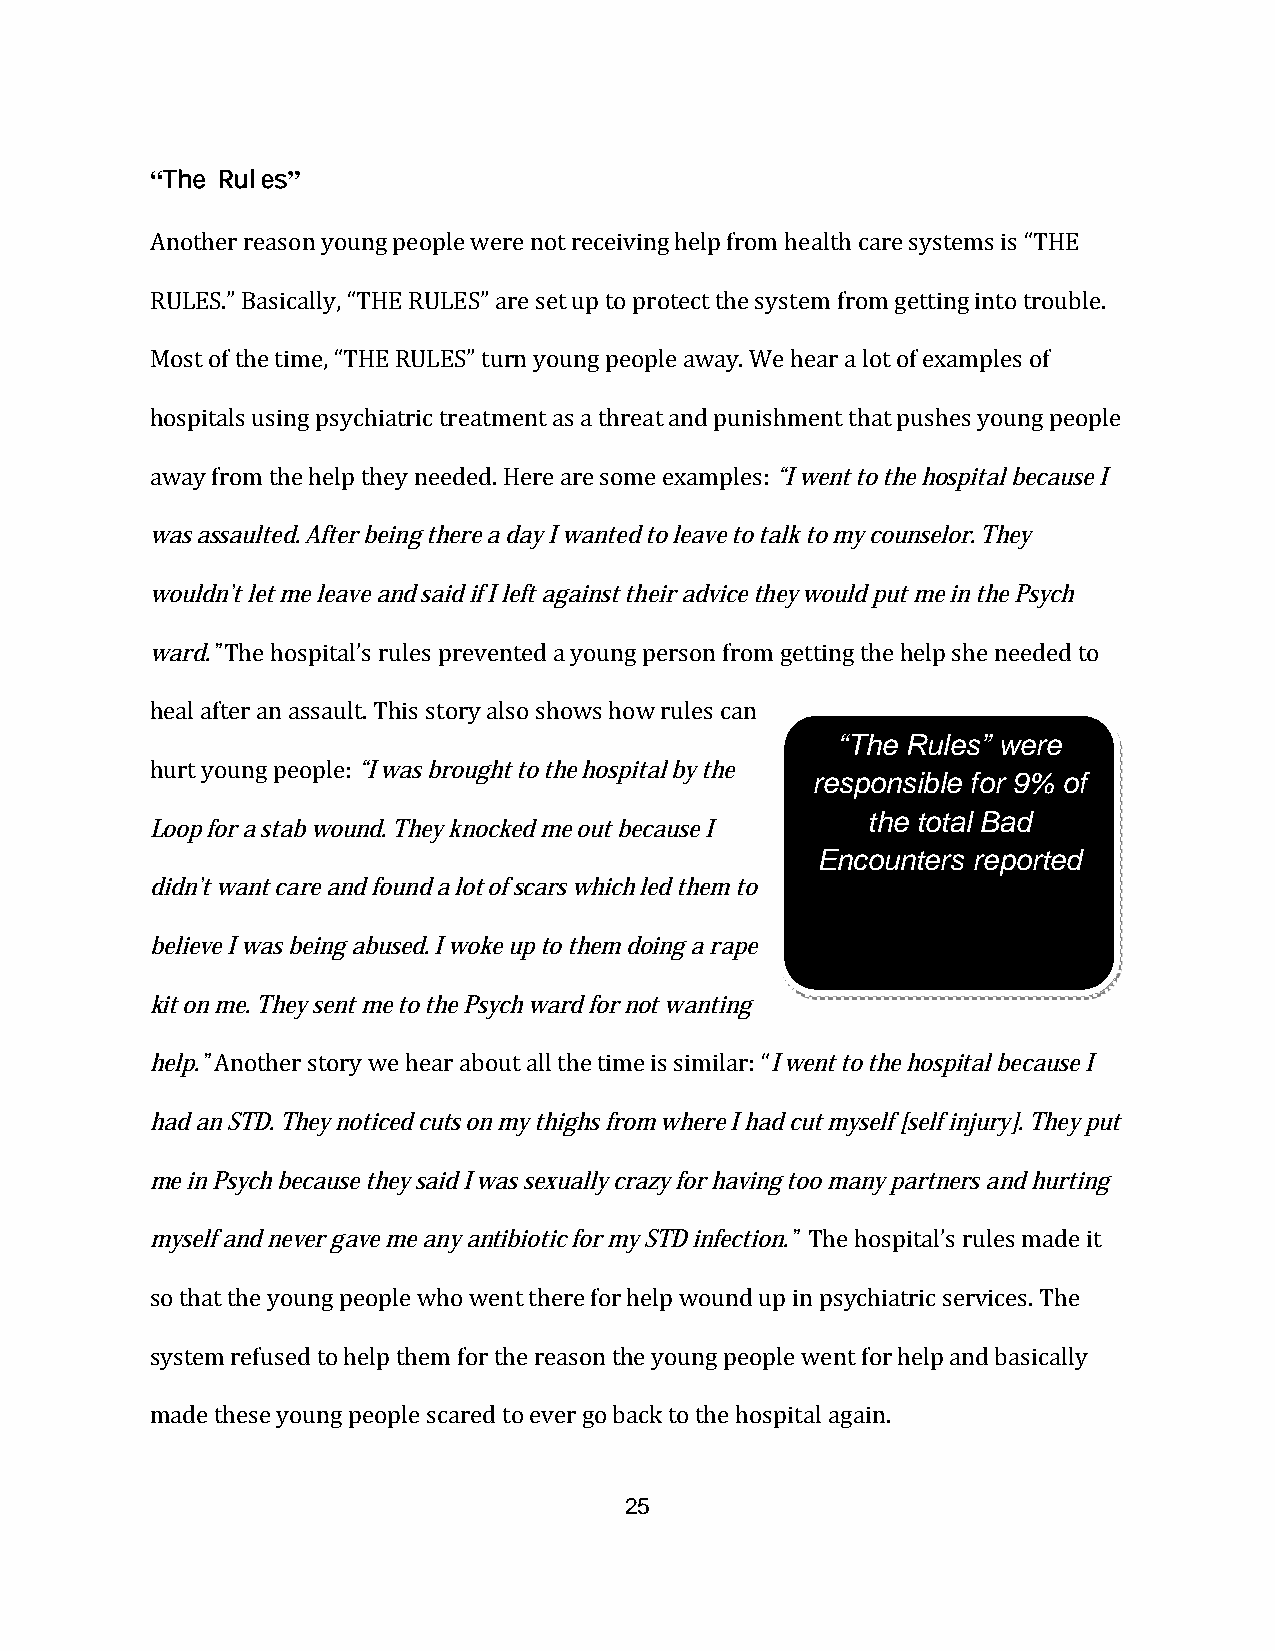
“The Rules”
 Another reason young people were not receiving help from health care systems is “THE
 RULES.” Basically, “THE RULES” are set up to protect the system from getting into trouble.
 Most of the time, “THE RULES” turn young people away. We hear a lot of examples of
 hospitals using psychiatric treatment as a threat and punishment that pushes young people
 away from the help they needed. Here are some examples: “I went to the hospital because I
 was assaulted. After being there a day I wanted to leave to talk to my counselor. They
 wouldn’t let me leave and said if I left against their advice they would put me in the Psych
 ward.” The hospital’s rules prevented a young person from getting the help she needed to
 heal after an assault. This story also shows how rules can
 “The Rules” were
 hurt young people: “I was brought to the hospital by the
 responsible for 9% of
 the total Bad
 Loop for a stab wound. They knocked me out because I
 Encounters reported
 didn’t want care and found a lot of scars which led them to
 believe I was being abused. I woke up to them doing a rape
 kit on me. They sent me to the Psych ward for not wanting
 help.” Another story we hear about all the time is similar: “I went to the hospital because I
 had an STD. They noticed cuts on my thighs from where I had cut myself [self injury]. They put
 me in Psych because they said I was sexually crazy for having too many partners and hurting
 myself and never gave me any antibiotic for my STD infection.” The hospital’s rules made it
 so that the young people who went there for help wound up in psychiatric services. The
 system refused to help them for the reason the young people went for help and basically
 made these young people scared to ever go back to the hospital again.
 25